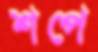
শপে